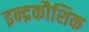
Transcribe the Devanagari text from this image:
इन्द्रकौशिक